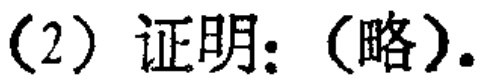
(2) 证明：(略).